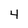
Character: 4